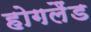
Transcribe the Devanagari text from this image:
होगलैंड